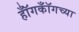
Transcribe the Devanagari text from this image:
हॉँगकॉँगच्या